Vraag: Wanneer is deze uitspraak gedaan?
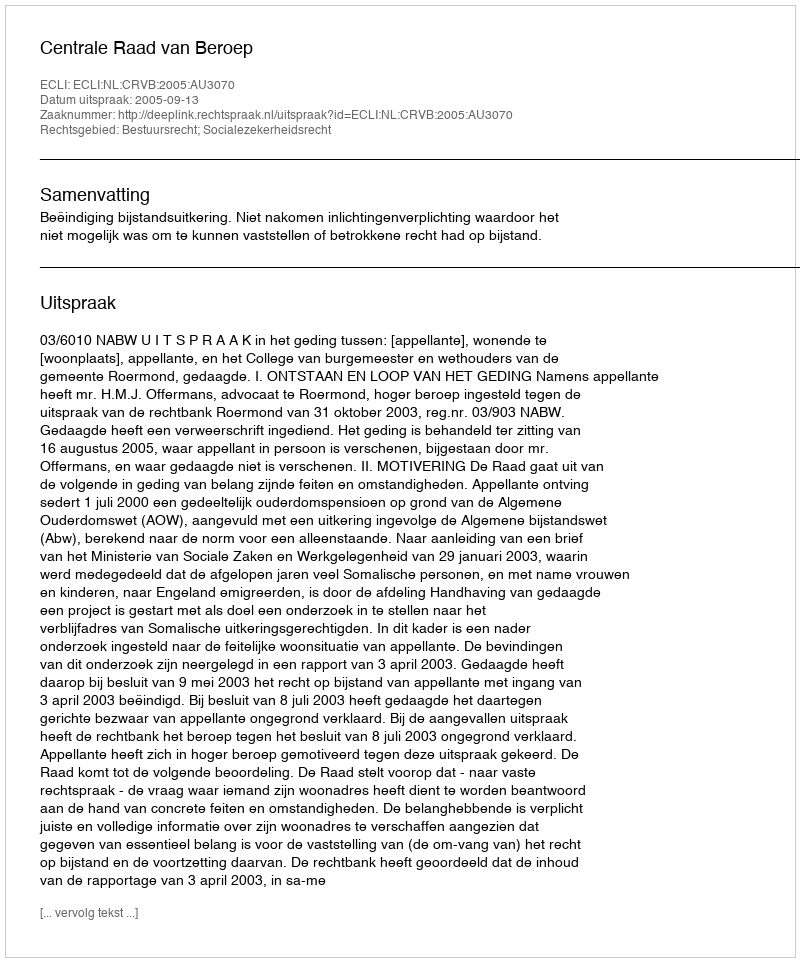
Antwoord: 2005-09-13